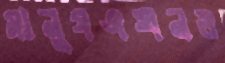
মানুষএখনও